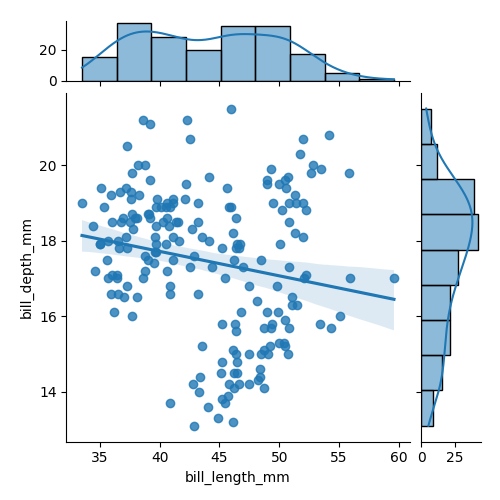
python, seaborn, jointplot, kind='reg', height='5', ratio='5', marginal_ticks='True'